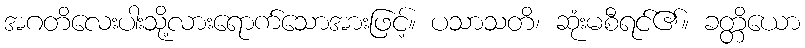
အဂတိလေးပါးသို့လားရောက်သောအားဖြင့်။ ပသာသတိ၊ ဆုံးမစီရင်၏။ ခတ္တိယော